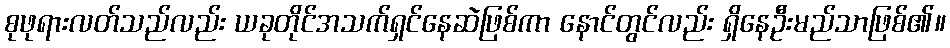
စုဖုရားလတ်သည်လည်း ယခုတိုင်အသက်ရှင်နေဆဲဖြစ်ကာ နောင်တွင်လည်း ရှိနေဦးမည်သာဖြစ်၏။